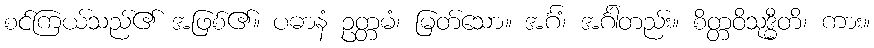
စင်ကြယ်သည်၏ အဖြစ်၏။ ပဓာနံ ဥတ္တမံ၊ မြတ်သော။ အင်္ဂံ၊ အင်္ဂါတည်း။ စိတ္တဝိသုဒ္ဓီတိ၊ ကား။